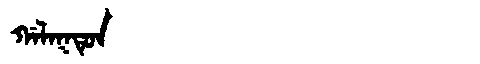
Manchu: ᡤᠠᠯᠠᡴᡨᡠᠨ
Romanization: GALAKTUN